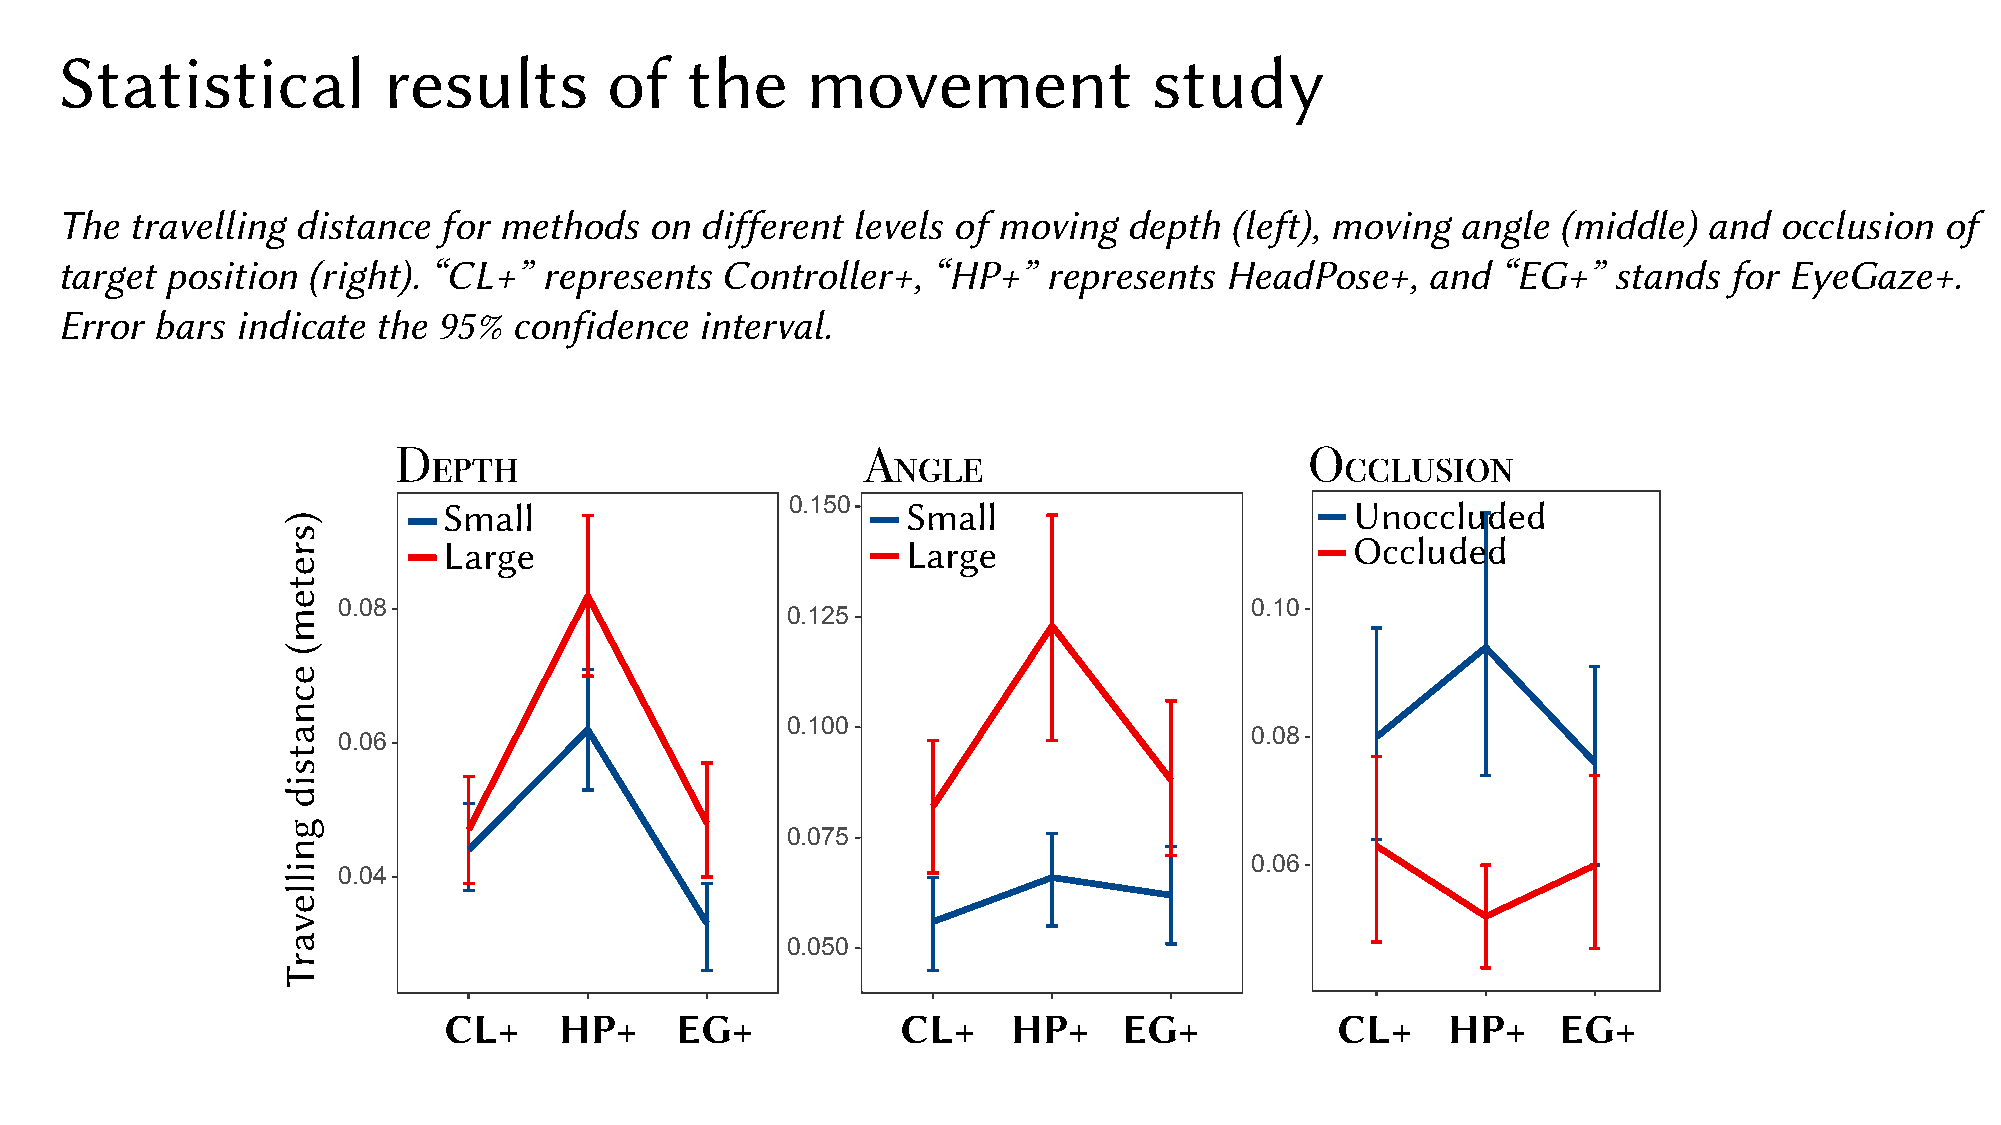
Statistical          results        of   the     movement               study
 The  travelling distance for methods   on different levels of moving   depth (left), moving  angle (middle)  and  occlusion  of
 target position (right). “CL+”  represents  Controller+,  “HP+”  represents  HeadPose+,    and “EG+”   stands for EyeGaze+.
 Error bars  indicate the 95%  confidence  interval.
 Depth                          Angle                         Occlusion
 0.150
 Small                          Small                         Unoccluded
 Large                          Large                         Occluded
 0.08                                                         0.10
 0.125
 0.100
 0.06                                                         0.08
 0.075
 0.06
 0.04
 0.050
 CL+     HP+     EG+            CL+    HP+    EG+           CL+     HP+    EG+
 )sretem(
 ecnatsid
 gnillevarT